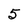
Character: 5